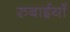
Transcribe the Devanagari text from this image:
रुबाईयाँ